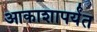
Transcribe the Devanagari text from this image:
आकाशापर्यंत